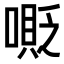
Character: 𠹰